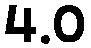
4.0